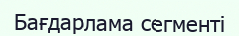
Бағдарлама сегменті